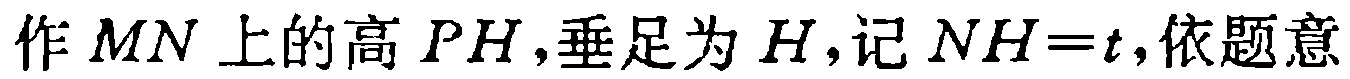
作 \(MN\) 上的高 \(PH\)，垂足为 \(H\)，记 \(NH = t\)，依题意